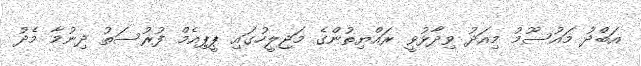
އަބްދު މައުސޫމު މިއަދު ވިދާޅުވީ ރައްޔިތުންގެ މަޖިލީހުގައި ޕީޕިއެމް ފުރުސަތު ދިނުމާ މެދު